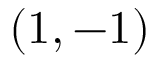
( 1 , - 1 )